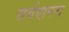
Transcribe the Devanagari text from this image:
सर्वदानन्द